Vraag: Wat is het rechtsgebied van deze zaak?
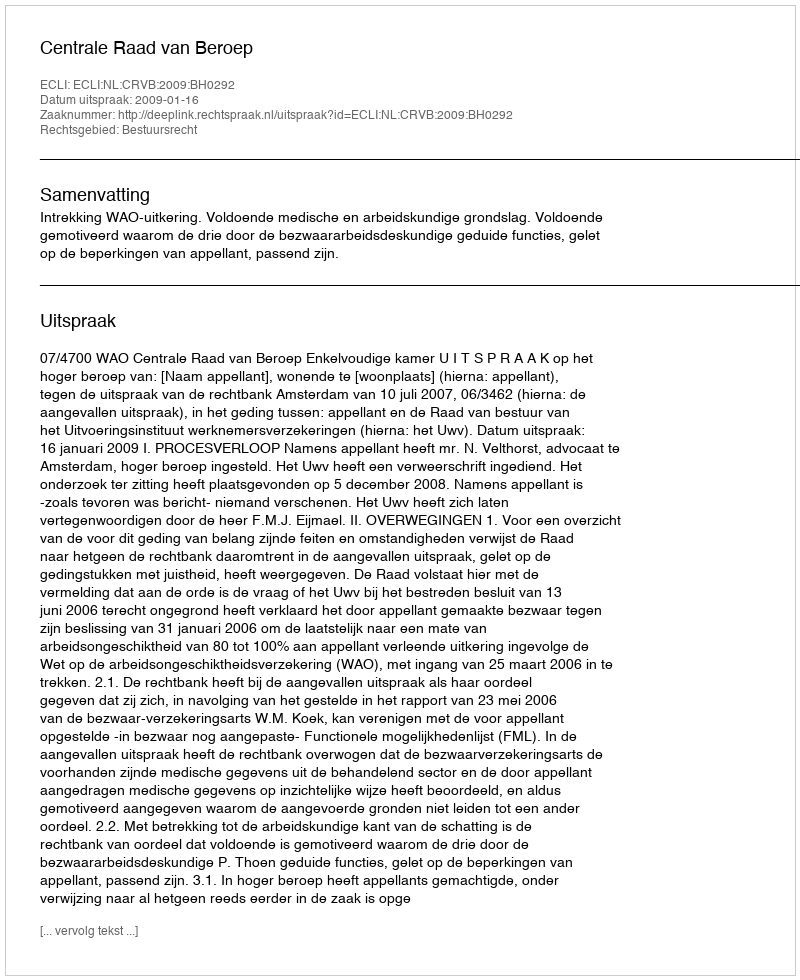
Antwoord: Bestuursrecht